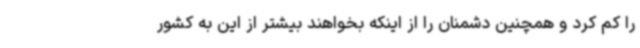
را کم کرد و همچنین دشمنان را از اینکه بخواهند بیشتر از این به کشور